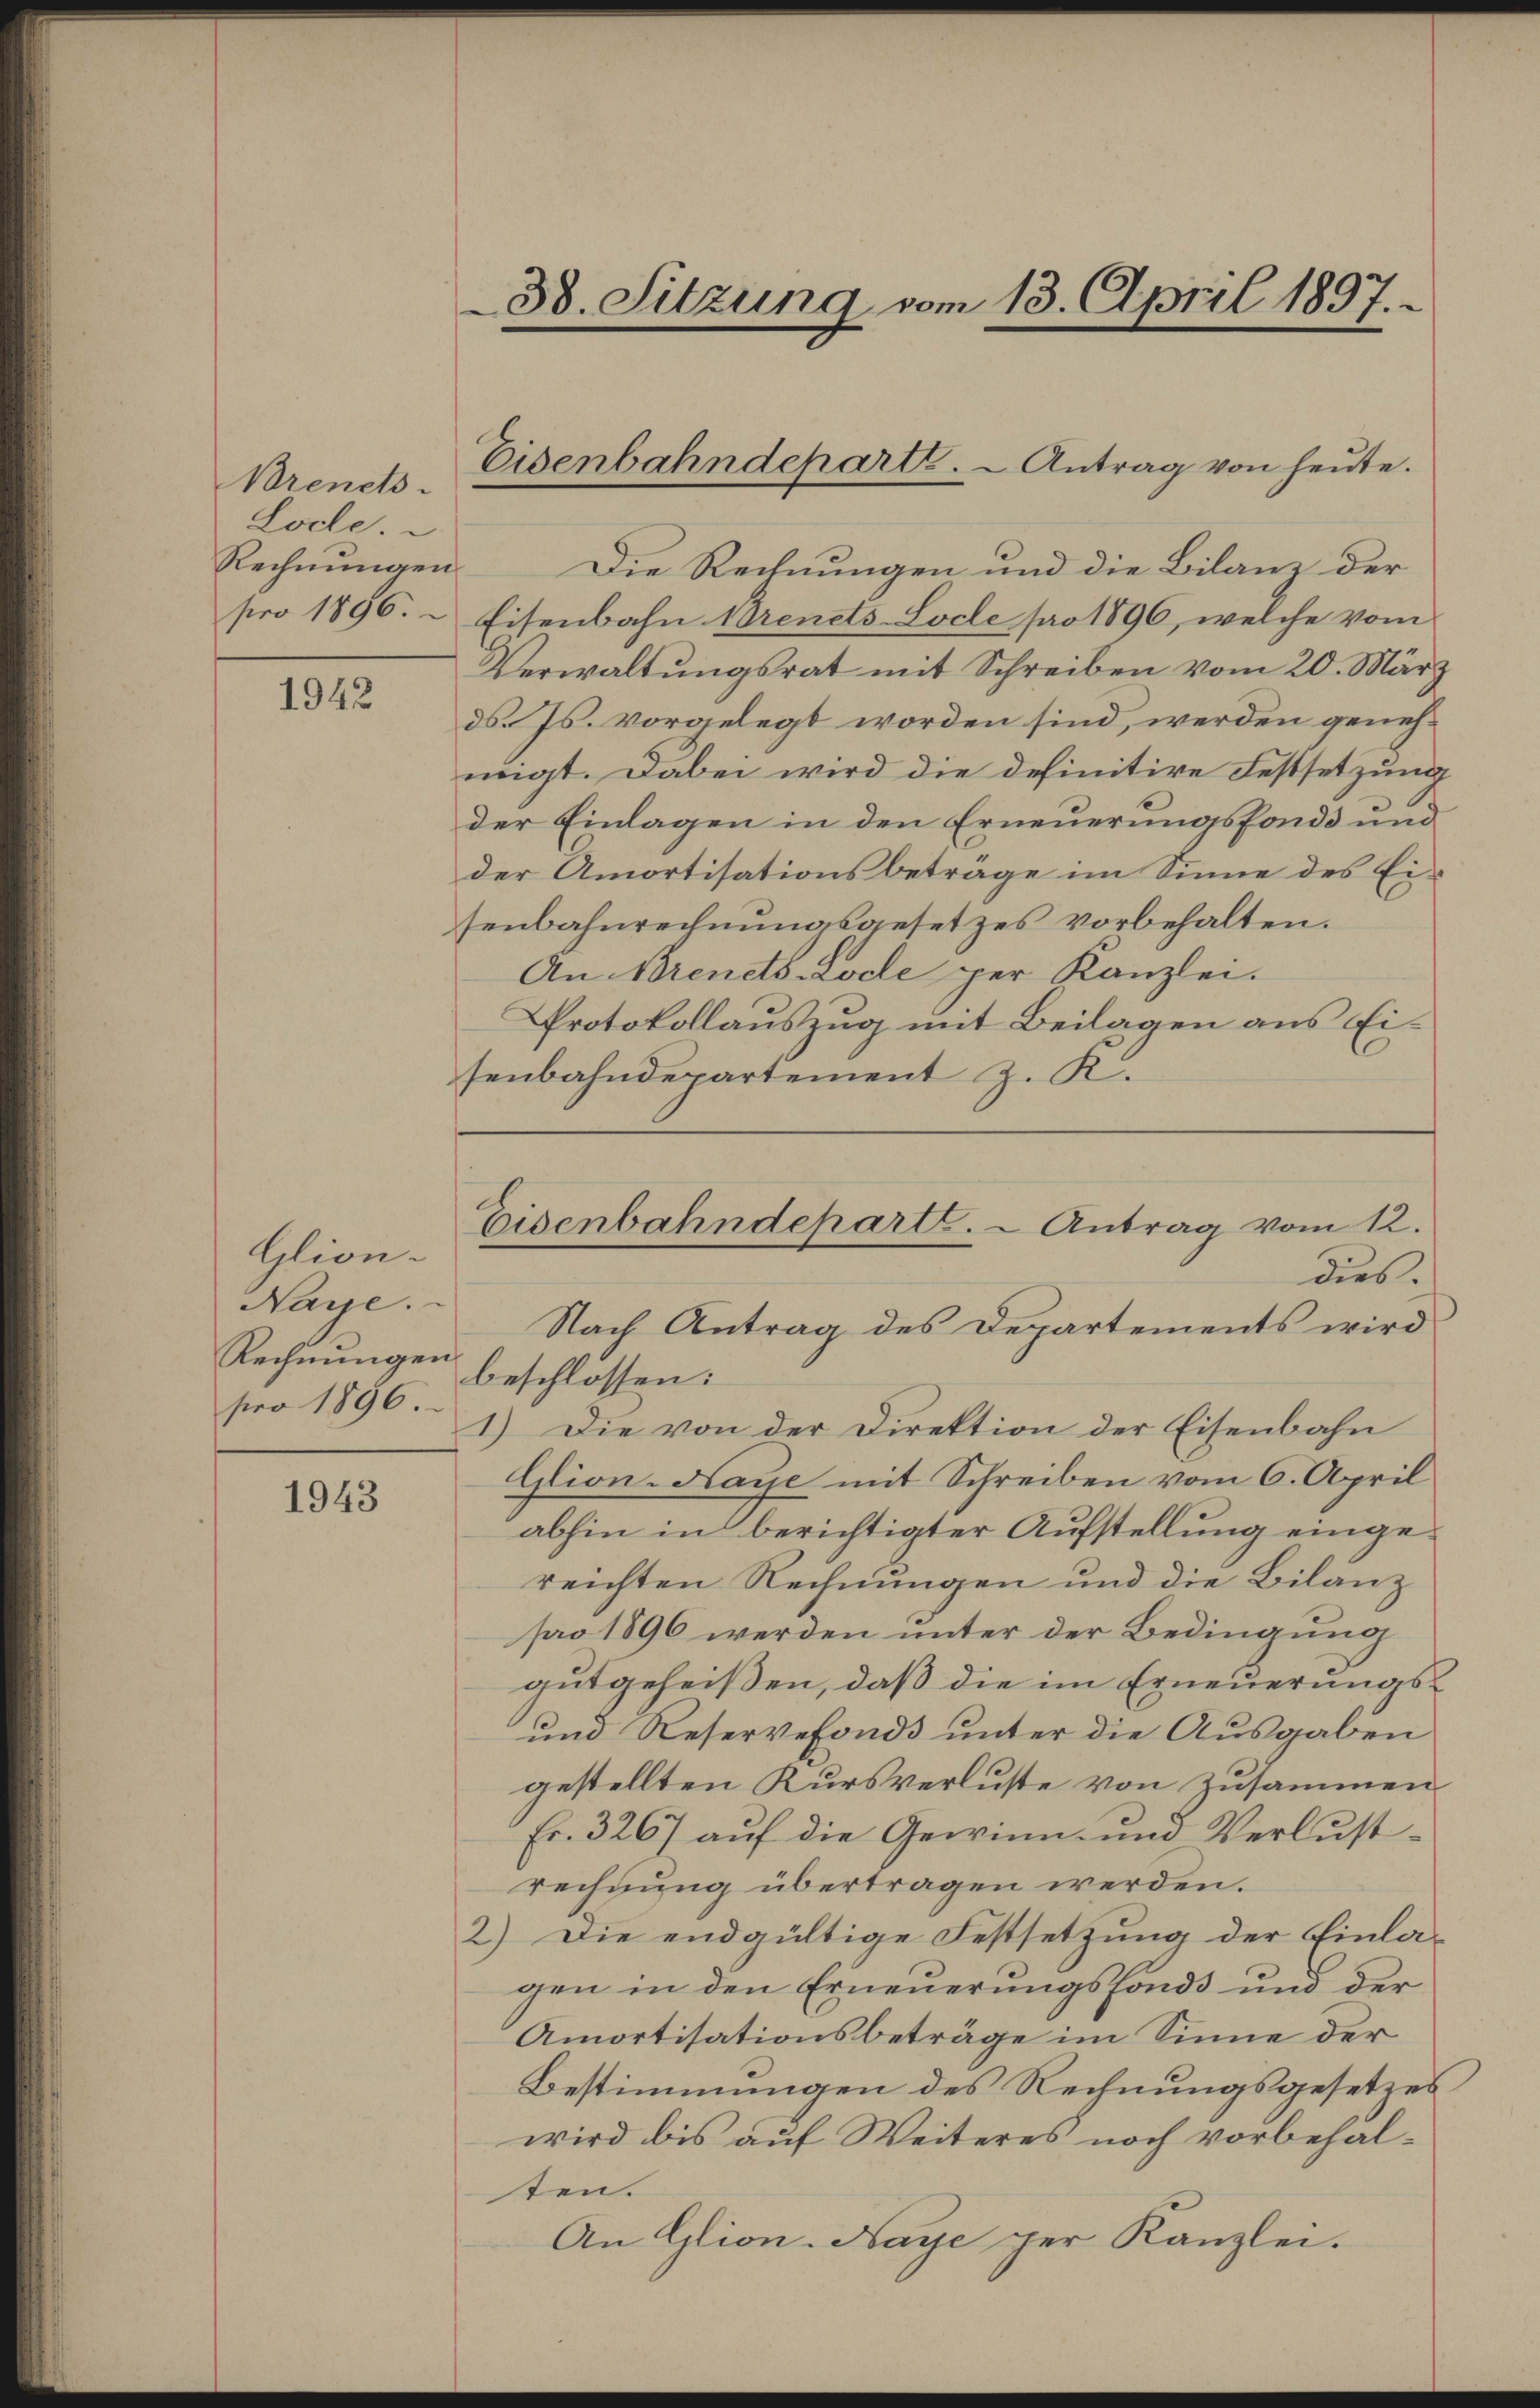
Brenets.
Locle.
Rechnungen

1942

Glion.
Naye.
Rechnungen
pro 1896.

1943

Die Rechnungen und die Bilanz der
pro 1896. Eisenbahn Brenets-Locle pro 1896, welche vom
Verwaltŭngsrat mit Schreiben vom 20. März
ds. Js. vorgelegt worden sind, werden genehmigt. Dabei wird die definitive Festsetzung
der Einlagen in den Erneuerungsfonds und
der Amortisationsbeträge im Sinne des Eisenbahnrechnungsgesetzes vorbehalten.
An Brenets-Lode per Kanzlei.
Protokollauszug mit Beilagen aus Eisenbahndepartement z. K.

38. Sitzung vom 13. April 1897.

Eisenbahndeparte. - Antrag von heute.

Eisenbahndeparte. - Antrag vom 12.
dies.
Nach Antrag des Departements wird

beschlossen:
1.) Die von der Direktion der Eisenbahn
Glion-Haye mit Schreiben vom 6. April
abhin in berichtigter Aufstellung eingereichten Rechnungen und die Bilanz
pro 1896 werden unter der Bedingung
gutgeheißen, daß die im Erneuerungs¬
und Reservefonds unter die Ausgaben
gestellten Kursverluste von Zusammen
Fr. 3267 auf die Gewinn und Verlustrechnung übertragen werden.
2) Die endgültige Festsetzung der Einlagen in den Erneuerungsfonds und der
Amortisationsbeträge im Sinne der
Bestimmungen des Rechnungsgesetzes
wird bis auf Weiteres noch vorbehalten.
An Glion-Naye per Kanzlei.